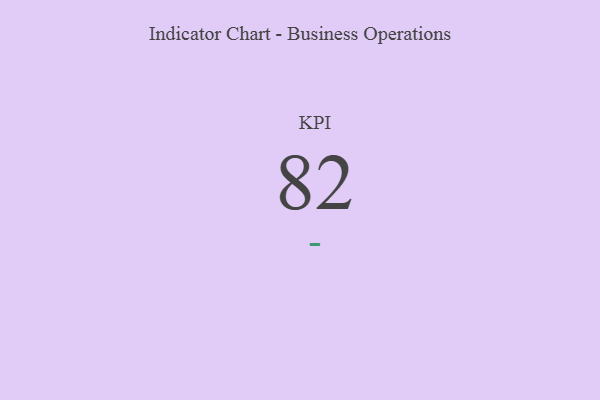
{"axis": {"x": "KPI", "y": "Value"}, "legend": [""], "data": [{"x": "KPI", "y": 82, "type": ""}]}